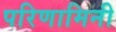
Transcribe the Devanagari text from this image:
परिणामिनी